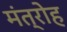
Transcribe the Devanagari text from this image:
मंत्रोह